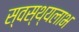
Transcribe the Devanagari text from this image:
स्वस्थ्यलाभ